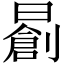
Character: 𣋃